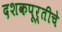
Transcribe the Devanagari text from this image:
दशकपूर्तीचे